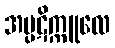
အပ္ပဋိက္ကူလေ